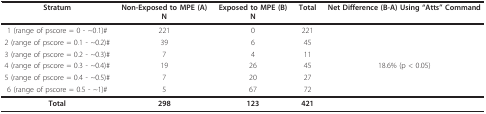
<table><thead><tr><td><b>Stratum</b></td><td><b>Non-Exposed to MPE (A)N</b></td><td><b>Exposed to MPE (B)N</b></td><td><b>Total</b></td><td><b>Net Difference (B-A) Using &quot;Atts&quot; Command</b></td></tr></thead><tbody><tr><td>1 (range of pscore = 0 - ~0.1)#</td><td>221</td><td>0</td><td>221</td><td></td></tr><tr><td>2 (range of pscore = 0.1 - ~0.2)#</td><td>39</td><td>6</td><td>45</td><td></td></tr><tr><td>3 (range of pscore = 0.2 - ~0.3)#</td><td>7</td><td>4</td><td>11</td><td></td></tr><tr><td>4 (range of pscore = 0.3 - ~0.4)#</td><td>19</td><td>26</td><td>45</td><td>18.6% (p &lt; 0.05)</td></tr><tr><td>5 (range of pscore = 0.4 - ~0.5)#</td><td>7</td><td>20</td><td>27</td><td></td></tr><tr><td>6 (range of pscore = 0.5 - ~1)#</td><td>5</td><td>67</td><td>72</td><td></td></tr><tr><td><b>Total</b></td><td><b>298</b></td><td><b>123</b></td><td><b>421</b></td><td></td></tr></tbody></table>